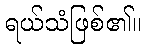
ရယ်သံဖြစ်၏။